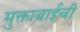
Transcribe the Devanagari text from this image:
मुक्ताबाईची